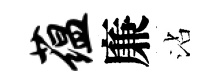
蕴廉沾